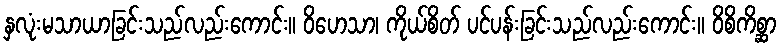
နှလုံးမသာယာခြင်းသည်လည်းကောင်း။ ဝိဟေသာ၊ ကိုယ်စိတ် ပင်ပန်းခြင်းသည်လည်းကောင်း။ ဝိစိကိစ္ဆာ